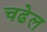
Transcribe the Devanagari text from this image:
चढेल